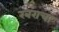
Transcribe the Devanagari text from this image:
रबराचा